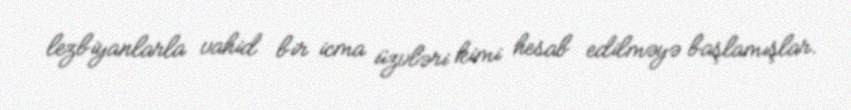
lezbiyanlarla vahid bir icma üzvləri kimi hesab edilməyə başlamışlar.